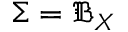
\Sigma = { \mathfrak { B } } _ { X }